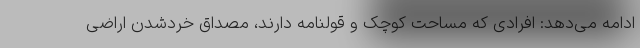
ادامه می‌دهد: افرادی که مساحت کوچک و قولنامه دارند، مصداق خردشدن اراضی